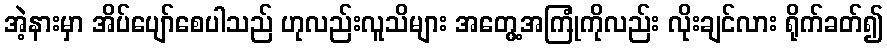
အဲ့နားမှာ အိပ်ပျော်စေပါသည် ဟုလည်းလူသိများ အတွေ့အကြုံကိုလည်း လိုးချင်လား ရိုက်ခတ်၍